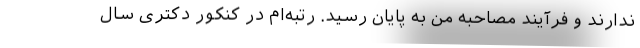
ندارند و فرآیند مصاحبه من به پایان رسید. رتبه‌ام در کنکور دکتری سال